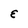
Character: E